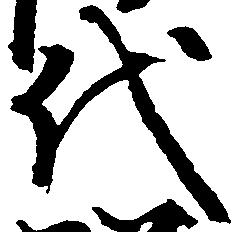
代